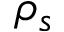
\rho _ { s }